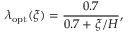
\lambda _ { \mathrm { o p t } } ( \xi ) = \frac { 0 . 7 } { 0 . 7 + \xi / H } ,